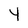
Character: 4